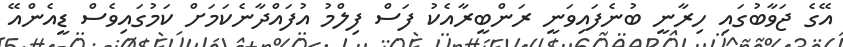
އޭގެ ޖަވާބުގައި ހިރާނީ ބުނެފައިވަނީ ރަންބީރާއެކު ފަސް ފިލްމު އުފައްދާނެކަމަށް ކަމުގައިވެސް ޑީއެންއޭ